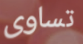
تساوى